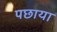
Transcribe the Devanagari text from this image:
पछाया